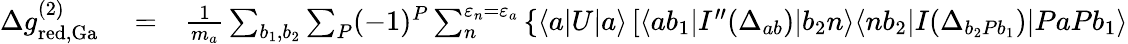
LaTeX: \begin{array}{rlr}{\Delta g_{\mathrm{red,Ga}}^{(2)}}&{{}=}&{\frac{1}{m_{a}}\sum_{b_{1},b_{2}}\sum_{P}(-1)^{P}\sum_{n}^{\varepsilon_{n}=\varepsilon_{a}}\left\{ \langle a|U|a\rangle\left[\langle ab_{1}|I^{\prime\prime}(\Delta_{ab})|b_{2}n\rangle\langle nb_{2}|I(\Delta_{b_{2}Pb_{1}})|PaPb_{1}\rangle\right.\right.}\end{array}